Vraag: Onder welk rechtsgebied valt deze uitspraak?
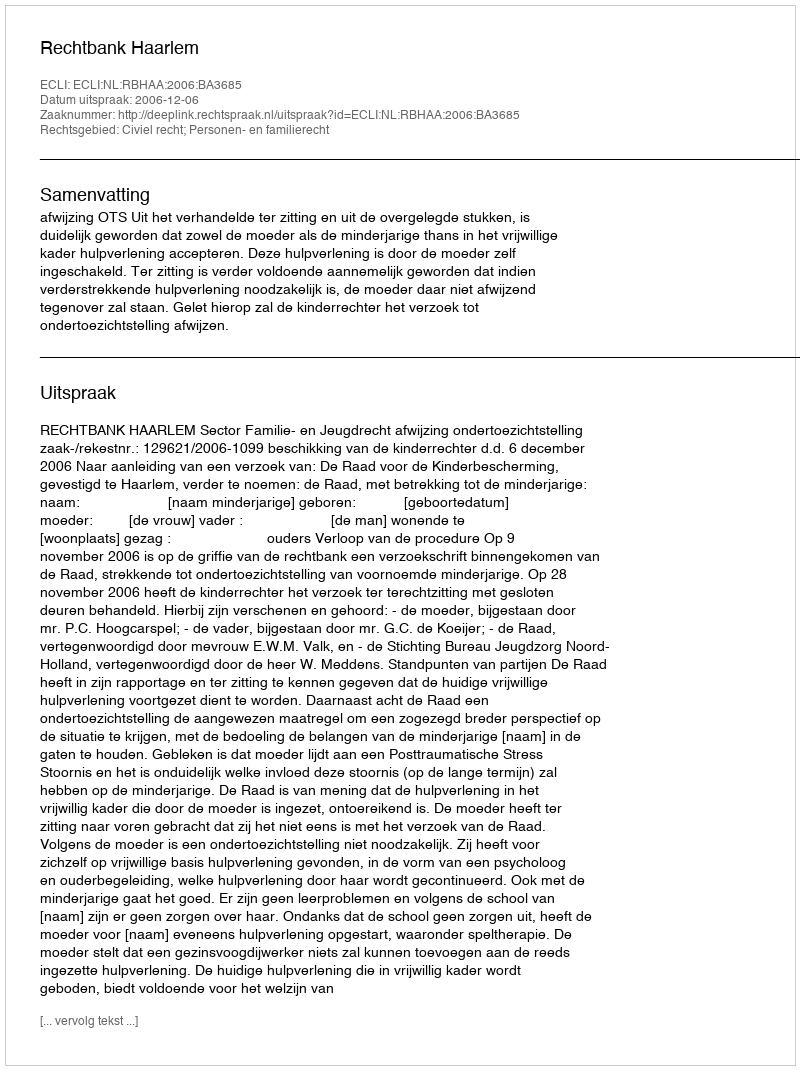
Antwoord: Civiel recht; Personen- en familierecht